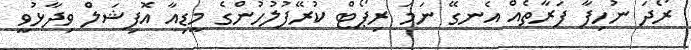
ރޯދަ ނުހިފާ ފަރާތެއް އެނގޭ ނަމަ ރިޕޯޓް ކުރޭފުލުހުންގެ މީޑިއާ އޮފިޝަލް ވިދާޅުވީ